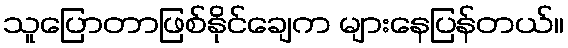
သူပြောတာဖြစ်နိုင်ချေက များနေပြန်တယ်။